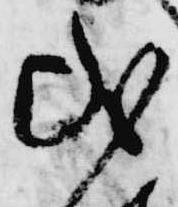
或